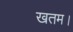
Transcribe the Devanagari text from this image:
खतम।